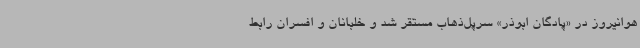
هوانیروز در «پادگان ابوذر» سرپل‌ذهاب مستقر شد و خلبانان و افسران رابط